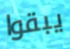
يبقوا